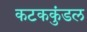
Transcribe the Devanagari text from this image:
कटककुंडल